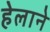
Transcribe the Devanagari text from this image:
हेलाने